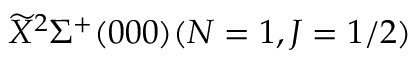
\widetilde { X } ^ { 2 } \Sigma ^ { + } ( 0 0 0 ) ( N = 1 , J = 1 / 2 )